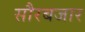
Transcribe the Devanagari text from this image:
सौरबजार